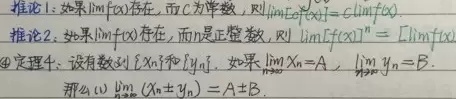
推论1：如果$\lim f(x)$存在，而$C$为常数，则$\lim Cf(x)=C\lim f(x)$。

推论2：如果$\lim f(x)$存在，而$n$是正整数，则$\lim [f(x)]^{n}=[\lim f(x)]^{n}$。

\textcircled{4}定理4：设有数列$\{x_{n}\}$和$\{y_{n}\}$，如果$\lim\limits_{n\rightarrow\infty}x_{n}=A$，$\lim\limits_{n\rightarrow\infty}y_{n}=B$，那么
(1)$\lim\limits_{n\rightarrow\infty}(x_{n}\pm y_{n})=A\pm B$。